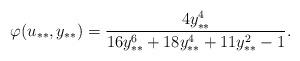
LaTeX: \begin{align*}\varphi(u_{**},y_{**}) = \frac{4y_{**}^4}{16y_{**}^6 + 18y_{**}^4+11y_{**}^2-1}.\end{align*}